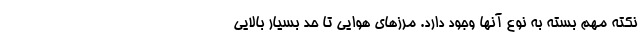
نکته مهم بسته به نوع آنها وجود دارد. مرزهای هوایی تا حد بسیار بالایی